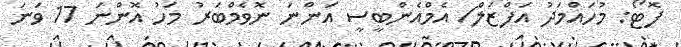
ފޮޓޯ: މުހައްމަދު އަފްޒަލް/ އެމްއެންބީސީ އަންނަ ނޮވެމްބަރު މަހު އޮންނަ 17 ވަނަ